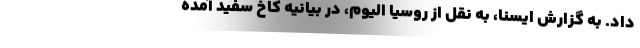
داد. به گزارش ایسنا، به نقل از روسیا الیوم، در بیانیه کاخ سفید آمده